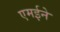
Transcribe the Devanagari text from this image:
एमईने